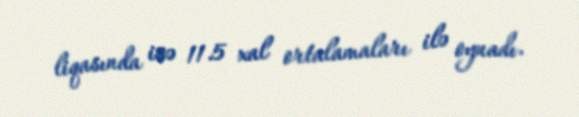
liqasında isə 11.5 xal ortalamaları ilə oynadı.